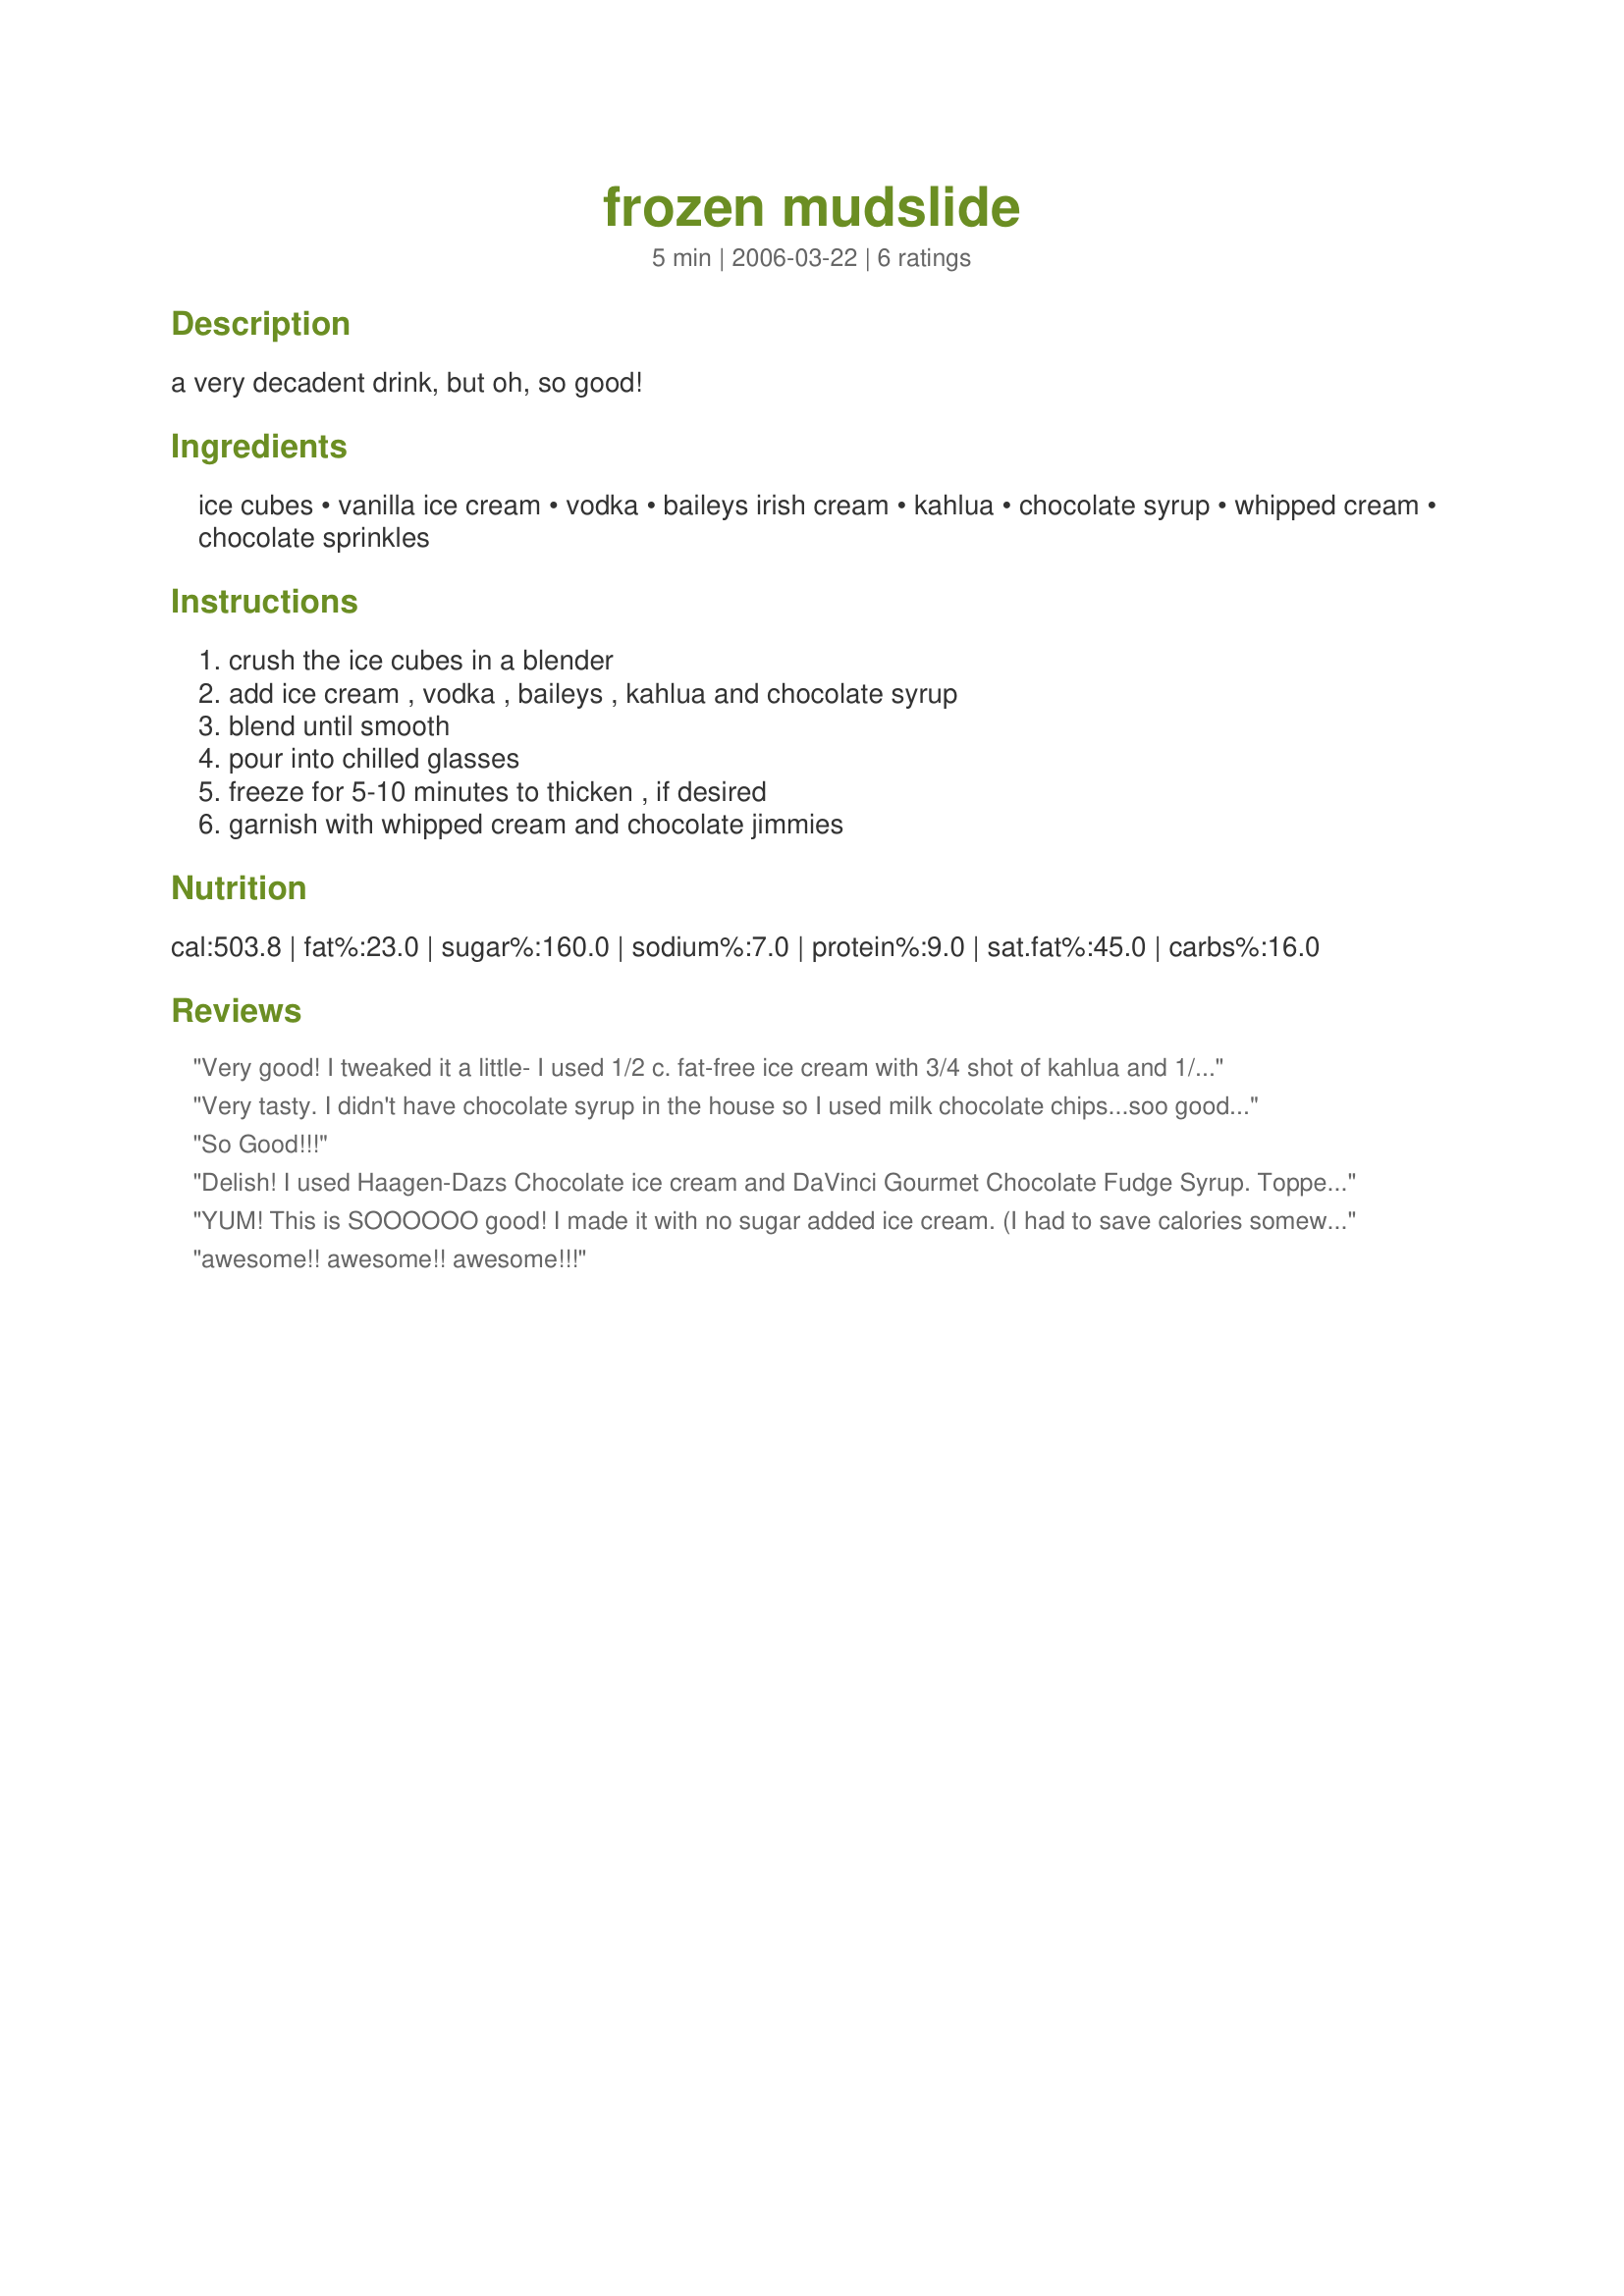
frozen mudslide
Preparation time: 5 minutes

a very decadent drink, but oh, so good!

Ingredients:
ice cubes, vanilla ice cream, vodka, baileys irish cream, kahlua, chocolate syrup, whipped cream, chocolate sprinkles

Steps:
crush the ice cubes in a blender, add ice cream , vodka , baileys , kahlua and chocolate syrup, blend until smooth, pour into chilled glasses, freeze for 5-10 minutes to thicken , if desired, garnish with whipped cream and chocolate jimmies

Reviews:
Very good! I tweaked it a little- I used 1/2 c. fat-free ice cream with 3/4 shot of kahlua and 1/4 shot of Carmel liquor, then garnished with whip cream...very good~thanks
Very tasty. I didn't have chocolate syrup in the house so I used milk chocolate chips...soo good. The chips made it a little chewy...but I liked it alot. The perfect treat after a long day!
So Good!!!
Delish! I used Haagen-Dazs Chocolate ice cream and DaVinci Gourmet Chocolate Fudge Syrup. Topped off with some whipped cream and chocolate sprinkles (as suggested) for a wonderful creamy treat! Thanks, again, Canadian Jane :)
YUM! This is SOOOOOO good! I made it with no sugar added ice cream. (I had to save calories somewhere!) ;-) I'll definitely make this again. I might halve the amount of alcohol, just because I'm having trouble typing after just a few sips. :-D
awesome!! awesome!! awesome!!!
